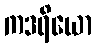
ကဒရိယော